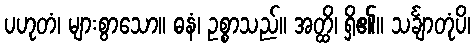
ပဟုတံ၊ များစွာသော။ ဓနံ၊ ဥစ္စာသည်။ အတ္ထိ၊ ရှိ၏။ သင်္ချာတုံပိ၊